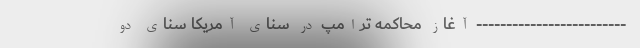
------------------------- آغاز محاکمه ترامپ در سنای آمریکا سنای دو